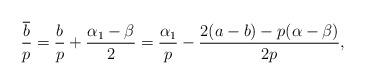
LaTeX: \begin{align*} \frac{\overline{b}}{p}=\frac{b}{p}+\frac{\alpha_1-\beta}{2}= \frac{\alpha_1}{p}-\frac{2(a-b)-p(\alpha-\beta)}{2p}, \end{align*}